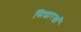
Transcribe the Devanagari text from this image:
सिद्धारखाँ